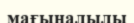
мағыналылы